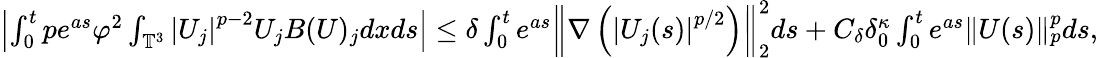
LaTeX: \begin{array}{r}{\begin{array}{r}{\left|\int_{0}^{t}pe^{as}\varphi^{2}\int_{\mathbb{T}^{3}}\left|U_{j}\right|^{p-2}U_{j}B(U)_{j}dxds\right|\leq\delta\int_{0}^{t}e^{as}\left\| \nabla\left(\left|U_{j}(s)\right|^{p/2}\right)\right\| _{2}^{2}ds+C_{\delta}\delta_{0}^{\kappa}\int_{0}^{t}e^{as}\| U(s)\| _{p}^{p}ds,}\end{array}}\end{array}